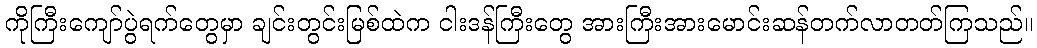
ကိုကြီးကျော်ပွဲရက်တွေမှာ ချင်းတွင်းမြစ်ထဲက ငါးဒန်ကြီးတွေ အားကြီးအားမောင်းဆန်တက်လာတတ်ကြသည်။